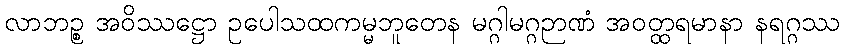
လာဘဉ္စ အဝိဿဋ္ဌော ဥပေါသထကမ္မဘူတေန မဂ္ဂါမဂ္ဂဉာဏံ အဝတ္ထရမာနာ နရဂ္ဂဿ